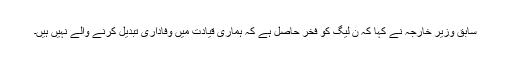
سابق وزیر خارجہ نے کہا کہ ن لیگ کو فخر حاصل ہے کہ ہماری قیادت میں وفاداری تبدیل کرنے والے نہیں ہیں۔